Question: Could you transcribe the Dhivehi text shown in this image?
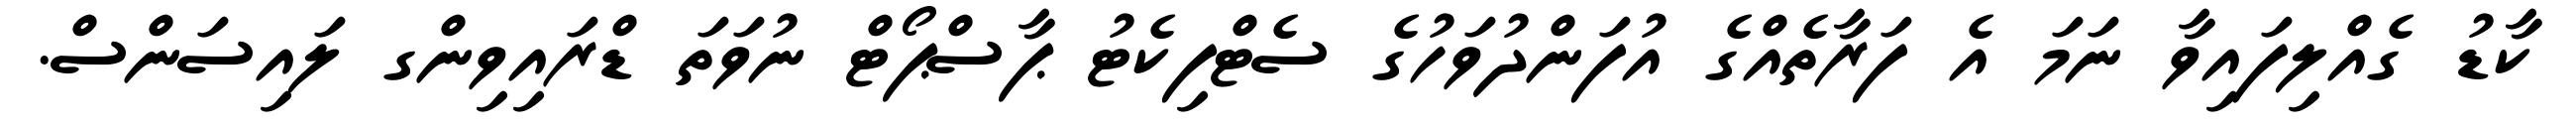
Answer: ކާޑު ގެއްލިފައިވާ ނަމަ އެ ފަރާތެއްގެ އުފަންދުވަހުގެ ސެޓްފިކެޓު ޕާސްޕޯޓް ނުވަތަ ޑްރައިވިންގ ލައިސަންސް.